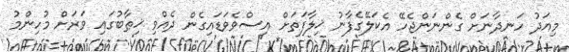
މިއަދު ހަނދާނަށް ގެންނަންޖެހޭ އެކަލޭގެފާނު ޚިލާފަތަށް އިސްވެވަޑައިގެން ދެއްވި ޚިޠާބުގައި ވަރަށް މުހިންމު